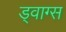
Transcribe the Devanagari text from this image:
ड्वाग्स